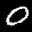
Label: 0